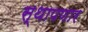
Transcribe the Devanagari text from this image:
स्थापणार